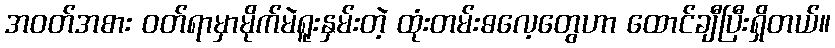
အဝတ်အစား ဝတ်ရာမှာမိုက်မဲရူးနှမ်းတဲ့ ထုံးတမ်းဓလေ့တွေဟာ ထောင်ချီပြီးရှိတယ်။